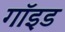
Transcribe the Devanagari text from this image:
गॉइड